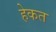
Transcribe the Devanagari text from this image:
हेकत